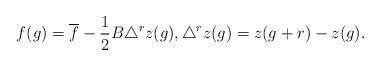
LaTeX: \begin{align*}f(g)=\overline{f}-\frac{1}{2}B\triangle ^{r}z(g),\triangle^{r}z(g)=z(g+r)-z(g).\end{align*}